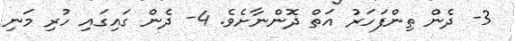
3- ދެން ތިންފަހަރު އަތް ދޮންނާށެވެ. 4- ދެން ގައިގައި ހުރި މަނި